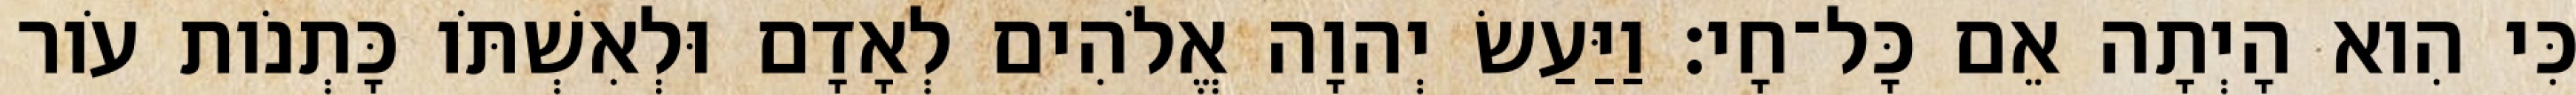
כִּי הִוא הָיְתָה אֵם כָּל־חָי׃ וַיַּעַשׂ יְהוָה אֱלֹהִים לְאָדָם וּלְאִשְׁתֹּו כָּתְנֹות עֹור